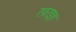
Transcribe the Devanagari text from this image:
रफ़ाइह